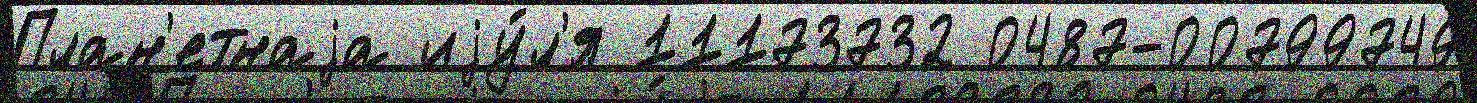
План'етнаjа иjу́л'я 11173732 0487-00799749